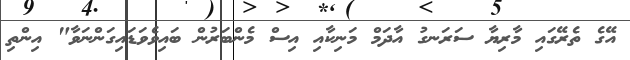
އޭގެ ތެރޭގައި މާރިޔާ ސަރަނގު އާދަމް މަނިކާއި އިސް މެންބަރުން ބައިވެވަޑައިގަންނަވާ" އިންތި